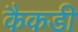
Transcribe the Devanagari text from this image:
कैकडी